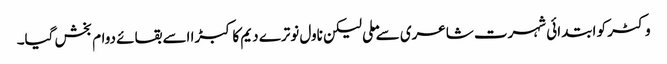
وکٹر کو ابتدائی شہرت شاعری سے ملی لیکن ناول نوترے دیم کا کبڑا اسے بقائے دوام بخش گیا۔